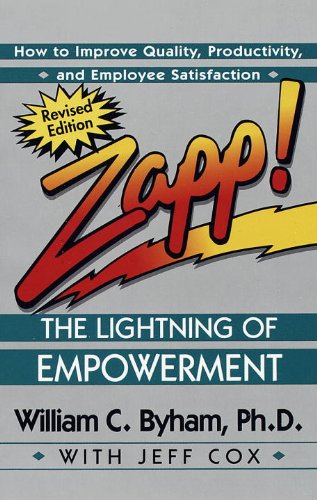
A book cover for Zapp! The Lightning of Empowerment: How to Improve Quality, Productivity, and Employee Satisfaction; William Byham; Medical Books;